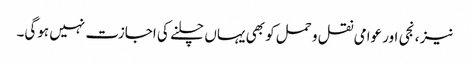
نیز ، نجی اور عوامی نقل و حمل کو بھی یہاں چلنے کی اجازت نہیں ہوگی۔